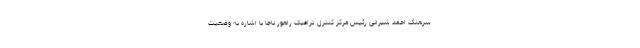
سرهنگ احمد شیرانی رئیس مرکز کنترل ترافیک راهور ناجا با اشاره به وضعیت